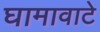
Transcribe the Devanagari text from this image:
घामावाटे